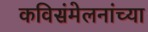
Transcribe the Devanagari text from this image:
कविसंमेलनांच्या